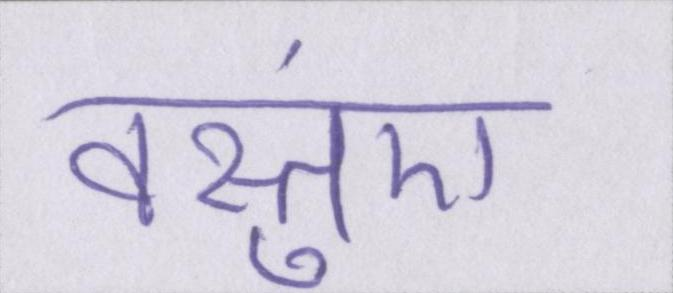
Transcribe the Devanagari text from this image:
वस्तुएं